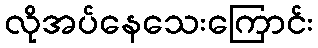
လိုအပ်နေသေးကြောင်း